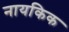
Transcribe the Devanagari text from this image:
नायकिक